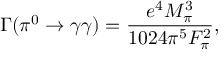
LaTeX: \Gamma ( \pi ^ { 0 } \rightarrow \gamma \gamma ) = \frac { e ^ { 4 } M _ { \pi } ^ { 3 } } { 1 0 2 4 \pi ^ { 5 } F _ { \pi } ^ { 2 } } ,